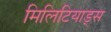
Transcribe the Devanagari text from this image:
मिलिटियाड्स